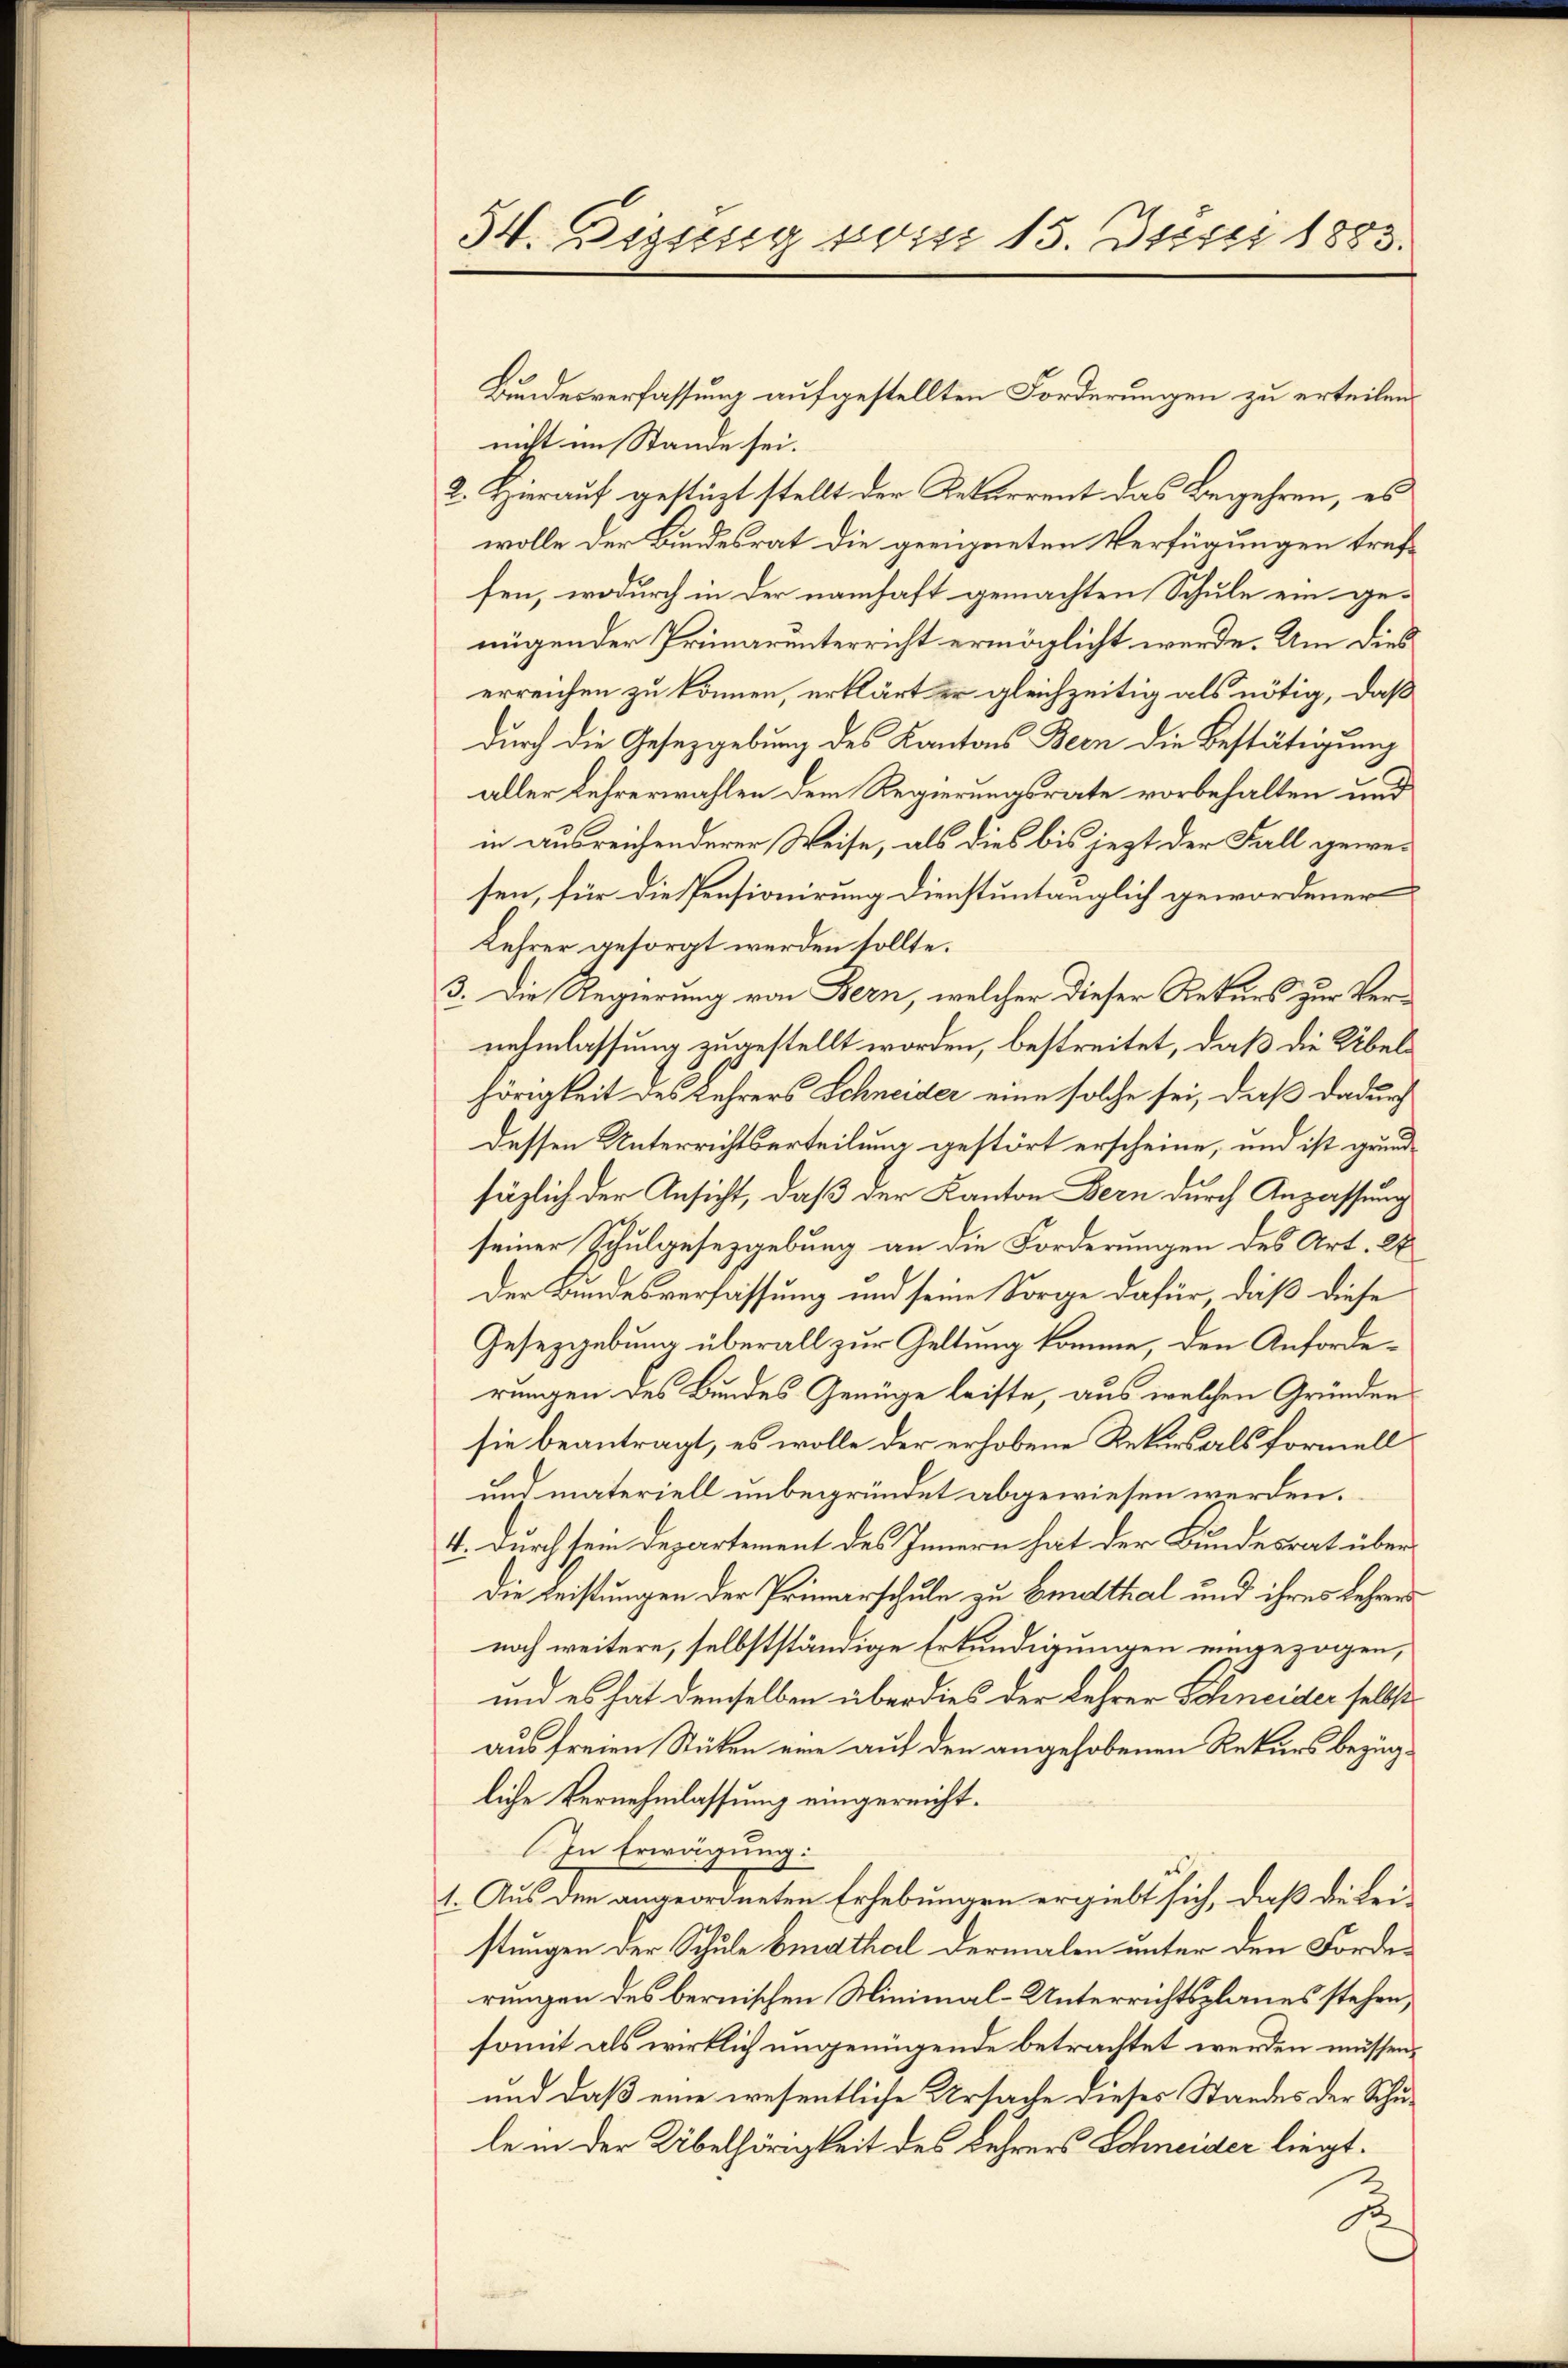
54. Dissung vom 15. Juni 1883.

nicht im Stande sei.
2. Hierauf gestüzt stellt der Rekurrent das Begehren, es
wolle der Bundesrat die geeigneten Verfügungen treffen, wodurch in der namhaft gemachten Schule ein genügender Primarunterricht ermöglicht werde. Um dies
erreichen zu können, erklärt er gleichzeitig als nötig, daß
durch die Gesetzgebung des Kantons Been die Bestätigung
aller Lehrerwahlen dem Regierungsrate vorbehalten und
in ausreichenderer Weise, als dies bis jezt der Fall gewesen, für die Pensionirung dienstuntauglich gewordener
Kehrer gesorgt werden sollte.
3. Die Regierung von Bern, welcher dieser Rekurs zur Vernehmlassung zugestellt worden, bestreitet, daß die Übelhörigkeit des Lehrers Schneider eine solche sei, daß dadurch
dessen Unterrichtserteilung gestört erscheine, und ist grundsäglich der Ansicht, daß der Kanton Bern durch Anpassung
seiner Schulgesetzgebung an die Forderungen des Art. 2
Der Bundesverfassung und seine Sorge dafür, daß diese
Gesetzgebung überall zur Geltung komme, den Anforderungen des Bundes Genüge leiste, aus welchen Gründensie beantragt, es wolle der erhobene Rekurs als formell
und materiell unbegründet abgewiesen werden.
4. Durch sein Departement des Innern hat der Bundesrat über
Die Leistungen der Primarschule zu Erdthal und ihres Lehren
noch weitere, selbstständige Erkundigungen eingezogen,
und es hat demselben überdies der Lehrer Schneider selbst
aus freien Stützen eine auf den angehobenen Rekurs bezügliche Vernehmlassung eingereicht.
In Erwägung:
1. Aus den angeordneten Erhebungen ergiebt sich, daß die Leistungen der Schule Erdthal dermalen unter den Forderungen des bernischen Minimal-Unterrichtsplanes stehen,
somit als wirklich ungenügende betrachtet werden müssen,
und daß eine wesentliche Ursache dieses Standes der Schule in der Übelhörigkeit des Fuhrers Schneider liegt.

Bundesverfassung aufgestellten Forderungen zu erteilen.